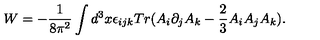
W = - \frac { 1 } { 8 \pi ^ { 2 } } \int d ^ { 3 } x \epsilon _ { i j k } T r ( A _ { i } \partial _ { j } A _ { k } - \frac { 2 } { 3 } A _ { i } A _ { j } A _ { k } ) .